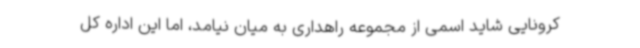
کرونایی شاید اسمی از مجموعه راهداری به میان نیامد، اما این اداره کل